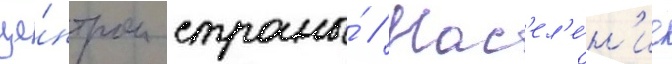
це́нтром страны́ // Нас'ел'е́н'ие